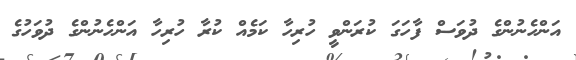
އަންހެނުންގެ ދުވަސް ފާހަގަ ކުރަންވީ ހުރިހާ ކަމެއް ކުރާ ހުރިހާ އަންހެނުންގެ ދުވަހުގެ